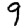
Digit: 9